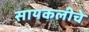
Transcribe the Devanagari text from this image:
सायकलीचे